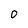
Character: O